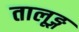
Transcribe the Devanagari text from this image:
तालूङ्ग